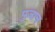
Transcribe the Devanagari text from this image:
पुजाच